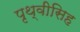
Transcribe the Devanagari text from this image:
पृथ्वीसिह